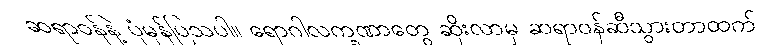
ဆရာဝန်နဲ့ ပုံမှန်ပြသပါ။ ရောဂါလက္ခဏာတွေ ဆိုးလာမှ ဆရာဝန်ဆီသွားတာထက်